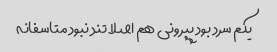
یکم سرد بود پپرونی هم اصلا تند نبود متاسفانه